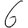
Digit: 6